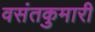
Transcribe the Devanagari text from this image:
वसंतकुमारी